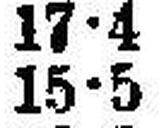
15•5